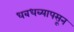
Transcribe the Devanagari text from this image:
धबधब्यापसून